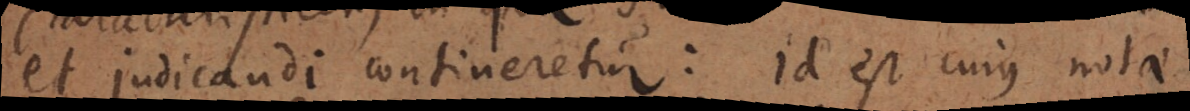
i et judicandi contineretur: id est cujus notae